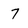
Character: 7